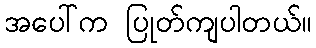
အပေါ်က ပြုတ်ကျပါတယ်။